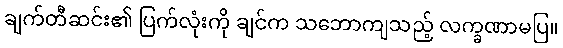
ချက်တီဆင်း၏ ပြက်လုံးကို ချင်က သဘောကျသည့် လက္ခဏာမပြ။